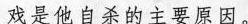
戏是他自杀的主要原因。